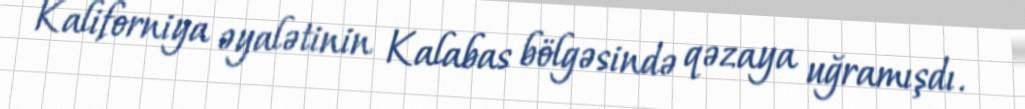
Kaliforniya əyalətinin Kalabas bölgəsində qəzaya uğramışdı.